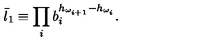
\bar { l } _ { 1 } \equiv \prod _ { i } b _ { i } ^ { h _ { \omega _ { i + 1 } } - h _ { \omega _ { i } } } .